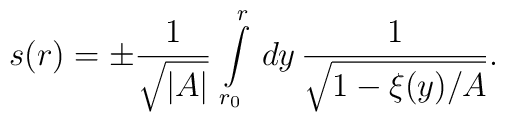
s(r) = \pm \frac{1}{\sqrt{\vert A \vert}}\, \int\limits_{r_0}^r \, dy \,\frac{1}{\sqrt{1 - \xi(y)/A}}.